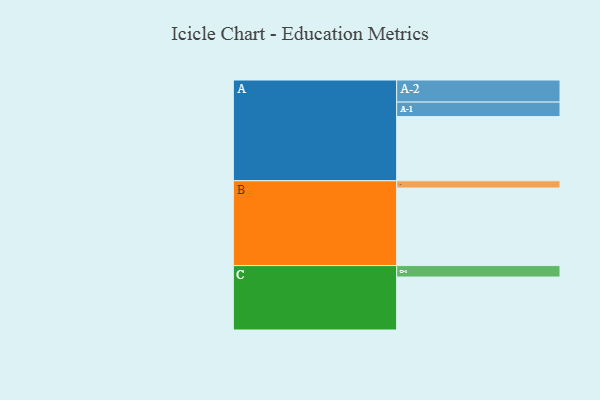
{"axis": {"x": "Segment", "y": "Value"}, "legend": ["", "A", "B", "C"], "data": [{"x": "A", "y": 459, "type": ""}, {"x": "B", "y": 555, "type": ""}, {"x": "C", "y": 379, "type": ""}, {"x": "A-1", "y": 104, "type": "A"}, {"x": "A-2", "y": 158, "type": "A"}, {"x": "B-1", "y": 52, "type": "B"}, {"x": "C-1", "y": 82, "type": "C"}]}